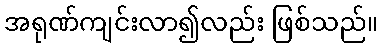
အရုဏ်ကျင်းလာ၍လည်း ဖြစ်သည်။